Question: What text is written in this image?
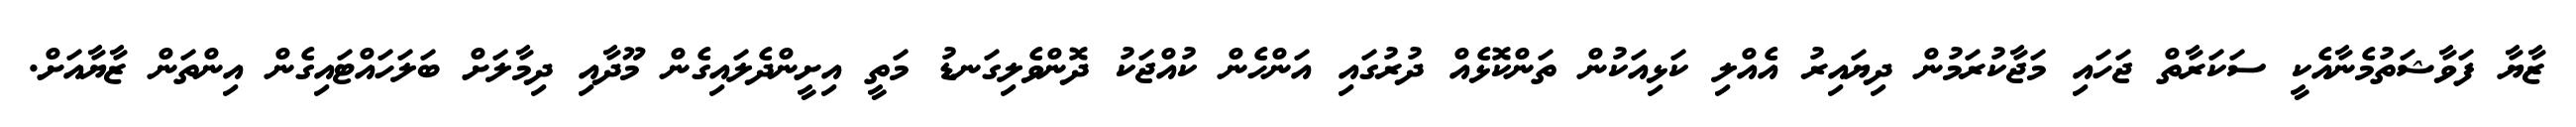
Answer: ޒާޔާ ފަވާޝަތުމެނާއެކީ ސަކަރާތް ޖަހައި މަޖާކުރަމުން ދިޔައިރު އެއްލި ކަޅިއަކުން ތަންކޮޅެއް ދުރުގައި އަންހެން ކުއްޖަކު ދޮންވެލިގަނޑު މަތީ އިށީންދެލައިގެން މޫދާއި ދިމާލަށް ބަލަހައްޓައިގެން އިންތަން ޒާޔާއަށް.